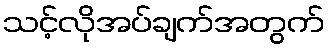
သင့်လိုအပ်ချက်အတွက်